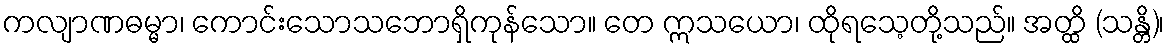
ကလျာဏဓမ္မာ၊ ကောင်းသောသဘောရှိကုန်သော။ တေ ဣသယော၊ ထိုရသေ့တို့သည်။ အတ္ထိ (သန္တိ)၊